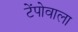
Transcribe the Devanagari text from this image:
टेंपोवाला